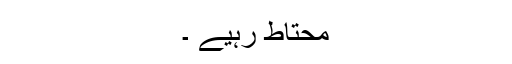
محتاط رہیے ۔